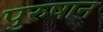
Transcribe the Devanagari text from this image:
पुरुषान